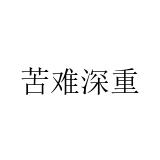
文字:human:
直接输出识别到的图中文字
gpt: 苦难深重